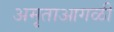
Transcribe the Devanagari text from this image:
अमृताआगळीं